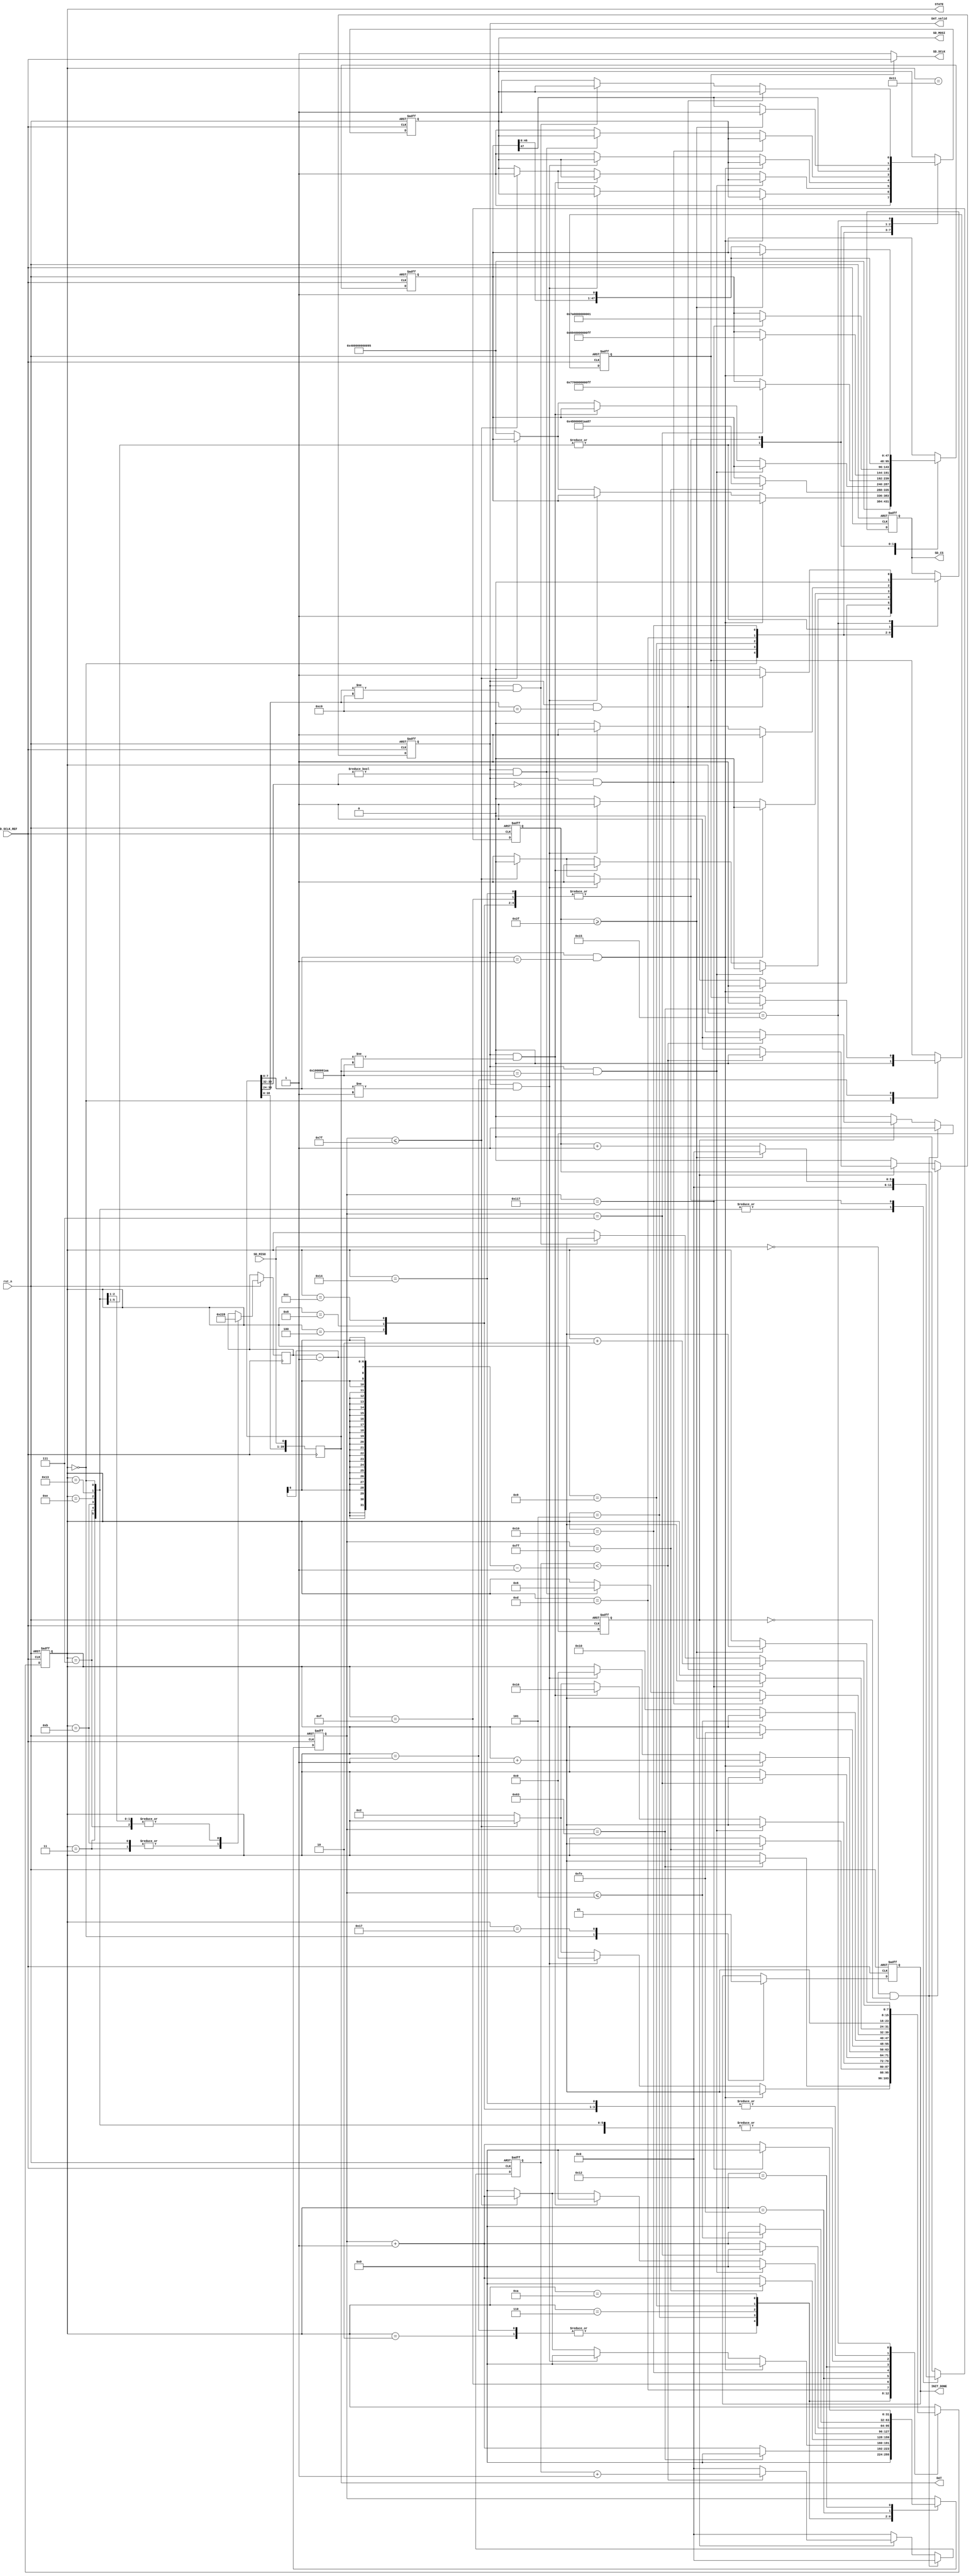
/****************************************************************************
*	Name			:	SDv2 Card initial
*	Origin		:	171012
*	Important	:	SDHCSPI.
*	Interface	:	,.
*****************************************************************************/
module SD_initial(
						
	input 		rst_n,
	input 		SD_SCLK_REF,//100KHZ
	//SD Card Interface
	input  		SD_MISO,
	output reg 	SD_CS,
	output reg 	SD_MOSI,	
	output   	SD_SCLK,
	
	output reg  [39:0]DAT,
	output reg	INIT_DONE,
	output reg [7:0]STATE,
	output reg 	DAT_valid
);
reg [47:0]	CMD;
reg [31:0]	Time_Cnt;
reg [5:0]	Recv_Cnt;
reg [5:0]	Send_Cnt;
reg [5:0]	Recv_Dat_Len;
reg 			SD_SCLK_OUTPUT_EN;
reg 			DAT_VALID_EN;
assign	SD_SCLK = (SD_SCLK_OUTPUT_EN)?SD_SCLK_REF:1;
parameter CMD0 	= { 8'h40,	32'd0,	8'h95 						};
parameter CMD8 	= { 8'h48, 	16'd0, 	8'h01, 	8'haa, 	8'h87	};
parameter CMD55 	= { 8'h77,	32'd0,	8'hff 						};
parameter ACMD41 	= { 8'h69, 	8'h40, 	24'd0,	8'hff 			};
parameter CMD58 	= { 8'h7A, 	32'd0, 	8'h01 						};
parameter CMD17	= { 8'h51,	8'h00,	8'h00,	8'h00,	8'h00,	8'hff};//
/****************************************************************************
*	Generate DAT_valid signal
*
*	In SPI mode device always response with R1 or R7 and the MSB always zero.
*	This response always in 1(called R1) or 5(called R7) bytes.
*****************************************************************************/
always@(posedge SD_SCLK_REF or negedge rst_n)
begin
	if(!rst_n)begin
		DAT_VALID_EN <= 0;
		DAT_valid		<= 0;
		Recv_Cnt		<= 6'd0;
	end
	else if(SD_MISO == 0 && DAT_VALID_EN == 0)
	begin
		DAT_VALID_EN <= 1;
		DAT_valid		<= 0;
		Recv_Cnt		<= 6'd0;
	end
	else if(DAT_VALID_EN == 1)
		if(Recv_Cnt < Recv_Dat_Len-1-1)//////////////////Recv_Dat_Len bitDAT_valid1
		begin
			Recv_Cnt		<= Recv_Cnt+6'd1;
			DAT_valid		<= 0;			
		end
		else
		begin
			Recv_Cnt		<= 6'd0;
			DAT_VALID_EN <= 0;
			DAT_valid		<= 1;
		end
	else 
	begin
		DAT_valid		<= 0;
		Recv_Cnt		<= 6'd0;
		DAT_VALID_EN <= 0;
	end
end
/****************************************************************************
*	40bit,R1(8bit)DAT[7:0],R7(8bit + 32bit)DAT[39:0]
*****************************************************************************/
always@(posedge SD_SCLK_REF)
begin
	DAT[0]		<=	SD_MISO;
	DAT[39:1]	<=	DAT[38:0];	
end
/****************************************************************************
*	Main STATE mechine
*		Send CDM0		return R1==8'h01 ?
*		Send CMD8 		return R7 CHECK R1==8'h01 ?
*		Send CMD55 		return R1==8'h01 ?
*		Send ACMD41		return R1==8'h00 ?
*		Send CMD58		return R3 == R1+OCR[31:0]
*****************************************************************************/
initial//
begin
		SD_CS 	<= 1;
		SD_MOSI	<=	1;
		CMD 		<= CMD0;
		Time_Cnt <= 32'd0;
		SD_SCLK_OUTPUT_EN <= 0;
		Send_Cnt <= 6'd0;
		INIT_DONE <= 0;
		STATE		<= 8'd0;
end
always@(negedge SD_SCLK_REF or negedge rst_n)
begin
	if(!rst_n)
	begin
				SD_CS 	<= 1;
				SD_MOSI	<=	1;
				CMD 		<= CMD0;
				Time_Cnt <= 32'd0;
				SD_SCLK_OUTPUT_EN <= 0;
				Send_Cnt <= 6'd0;
				INIT_DONE <= 0;
				STATE		<= 8'd0;
	end
	else
	case(STATE)
		0://
			begin
				SD_CS 	<= 1;
				SD_MOSI	<=	1;
				CMD 		<= CMD0;
				Time_Cnt <= 32'd0;
				SD_SCLK_OUTPUT_EN <= 0;
				Send_Cnt <= 6'd0;
				INIT_DONE <= 0;
				STATE		<= STATE + 8'd1;
			end
		1://delay 1ms without SD_SCLK
			begin
				if(Time_Cnt == 100-1)/////////////////
					begin
						Time_Cnt <= 32'd0;
						SD_SCLK_OUTPUT_EN <= 1;
						STATE		<= STATE + 8'd1;
					end
				else
					Time_Cnt <= Time_Cnt +32'd1;
			end
		2://send 100 SD_SCLK
			begin
				if(Time_Cnt == 100-1)
					begin
						Time_Cnt <= 32'd0;
						STATE		<= STATE + 8'd1;
					end
				else
					Time_Cnt <= Time_Cnt +32'd1;
			end
		3://SDSD_MOSI8bit
			begin
				SD_CS <= 0;STATE	<= STATE + 8'd1;SD_MOSI <= CMD[47];CMD <= {CMD[46:0],1'd1};Send_Cnt <= 6'd0;Recv_Dat_Len <= 8;////////!!!!!!!!
			end
/**/
		4://Send CMD0{ 8'h40,32'd0,8'h95 } return R1==8'h01
			begin
				if(Send_Cnt >= 6'd48 - 1'd1)
				begin
					Send_Cnt <= 6'd0;
					SD_MOSI 	<=	1;
					STATE 	<= STATE + 8'd1;
				end
				else 
				begin
					Send_Cnt <= Send_Cnt + 6'd1;
					SD_MOSI 	<= CMD[47];
					CMD 		<= {CMD[46:0],1'd1};
					STATE 	<= STATE;
				end			
			end
//		255:
//		begin
//			if(Time_Cnt <= 7-1)
//				Time_Cnt <= Time_Cnt + 32'd1;
//			else
//			begin
//				Time_Cnt <= 32'd0;
//				STATE 	<= 8'd5;
//			end
//		end
		5://wait DAT_valid==1
			begin
				if(DAT_valid == 1&&DAT[7:0] == 8'h01)
				begin												//0x01
					STATE 	<= STATE + 8'd1;
					SD_CS 	<= 1;
					Time_Cnt <=	32'd0;
				end
				else if(DAT_valid == 1&&DAT[7:0] != 8'h01)
				begin	
//					CMD		<= { 8'h40,32'd0,8'h95 };
					SD_CS 	<= 1;
					STATE 	<= 8'd0;							//
					Time_Cnt <=	32'd0;
				end
				else if(Time_Cnt <= 127)
				begin
					SD_CS 	<= 0;
					SD_MOSI 	<=	1;
					Time_Cnt <= Time_Cnt + 32'd1;
				end
				else
				begin
					Time_Cnt <= 32'd0;
					STATE 	<= 8'd2;//
					CMD 		<= CMD0;
					SD_CS    <= 1;
				end
			end
		6://SD_CS256
			begin
				if(Time_Cnt == 256-1)
				begin
					Time_Cnt <= 32'd0;
					CMD 		<= CMD8;
					STATE 	<= STATE + 8'd1;
				end
				else
					Time_Cnt <= Time_Cnt + 32'd1;
			end
		  ////////Send CMD0 OVER!//////////
		7://SDSD_MOSI40bit
			begin
				SD_CS <= 0;STATE	<= STATE + 8'd1;SD_MOSI <= CMD[47];CMD <= {CMD[46:0],1'd1};Send_Cnt <= 6'd0;Recv_Dat_Len <= 40;////////!!!!!!!!
			end
/**/	
		8:
/**********************************************************************************************************************************
  Send CMD8{ 8'h48, 16'd0, 8'h01, 8'haa, 8'h87 } return {8'h R1,32'h CMD8 Argument}==R7==DAT[39:0]
  
  The lower 12 bits in the return value 0x1AA means that the 
  card is SDC version 2 and it can work at voltage range of 2.7 to 3.6 volts. 
  If not the case, the card should be rejected.
***********************************************************************************************************************************/
			begin
				if(Send_Cnt >= 6'd48 - 1'd1)
				begin
					Send_Cnt <= 6'd0;
					SD_MOSI 	<=	1;
					STATE 	<= STATE + 8'd1;
				end
				else
				begin
					Send_Cnt <= Send_Cnt + 6'd1;
					SD_MOSI 	<= CMD[47];
					CMD 		<= {CMD[46:0],1'd1};
					STATE 	<= STATE;
				end			
				
			end
		9://wait DAT_valid==1;check if DAT[39:0]=={8'h01,16'h00,8'h01,8'haa}=={8'h R1,32'h CMD Argument}==R7
			begin
				if(DAT_valid == 1&&DAT[39:0]=={8'h01,16'h00,8'h01,8'haa})
				begin
					STATE 	<= STATE + 8'd1;
					SD_CS 	<= 0;
					Time_Cnt <=	32'd0;
				end
				else if(DAT_valid == 1&&DAT[39:0]!={8'h01,16'h00,8'h01,8'haa})
				begin											//fail	SDV1 CARD!!
//					CMD		<= { 8'h40,32'd0,8'h95 };
					SD_CS 	<= 1;
					STATE 	<= 8'd22;
					Time_Cnt <=	32'd0;					
				end
				else if(Time_Cnt <= 127)
				begin 
					SD_CS 	<= 0;
					SD_MOSI 	<=	1;
					Time_Cnt <=	Time_Cnt + 32'd1;
				end
				else
				begin
					Time_Cnt <=	32'd0;
					STATE 	<= 8'd2;//
					CMD 		<= CMD0;SD_CS    <= 1;
				end
			end
		10://8
			begin
				if(Time_Cnt == 8-1)
				begin
					Time_Cnt <= 32'd0;
					CMD 		<= CMD55;
					STATE 	<= STATE + 8'd1;
				end
				else
					Time_Cnt <= Time_Cnt + 32'd1;
			end
			////////Send CMD8 OVER!////////
		11://SDSD_MOSI8bit
			begin
				SD_CS <= 0;STATE	<= STATE + 8'd1;SD_MOSI <= CMD[47];CMD <= {CMD[46:0],1'd1};Send_Cnt <= 6'd0;Recv_Dat_Len <= 6'd8;////////!!!!!!!!				
			end
/**/
		12://Send  CMD55
			begin
				if(Send_Cnt >= 6'd48 - 1'd1)
				begin
					Send_Cnt <= 6'd0;
					SD_MOSI 	<=	1;
					STATE 	<= STATE + 8'd1;
				end
				else
				begin
					Send_Cnt <= Send_Cnt + 6'd1;
					SD_MOSI 	<= CMD[47];
					CMD 		<= {CMD[46:0],1'd1};
					STATE 	<= STATE;
				end			
				
			end
		13://CHECK CMD55
			begin
				
				if(DAT_valid == 1&&DAT[7:0]==8'h01)
				begin
					STATE 	<= STATE + 8'd1;
					SD_CS 	<= 0;
					CMD		<= ACMD41;
					
				end
				else if(DAT_valid == 1&&DAT[7:0]!=8'h01)
				begin//fail	
//					CMD		<= { 8'h40,32'd0,8'h95 };
					SD_CS 	<= 1;
					STATE 	<= 8'd0;//
				end
				else
				begin
					SD_CS 	<= 0;
					SD_MOSI 	<=	1;
				end				
				
			end
		14://Send ACMD41{ 8'h69, 8'h40, 24'd0,8'hff }
			begin
					SD_CS <= 0;STATE	<= STATE + 8'd1;SD_MOSI <= CMD[47];CMD <= {CMD[46:0],1'd1};Send_Cnt <= 6'd0;Recv_Dat_Len <= 40;////////!!!!!!!!
			end
		15://Send ACMD41{ 8'h69, 8'h40, 24'd0,8'hff }
			begin
				if(Send_Cnt >= 6'd48 - 1'd1)
				begin
					Send_Cnt <= 6'd0;
					SD_MOSI 	<=	1;
					STATE 	<=  8'd254;
				end
				else
				begin
					Send_Cnt <= Send_Cnt + 6'd1;
					SD_MOSI 	<= CMD[47];
					CMD 		<= {CMD[46:0],1'd1};
					STATE 	<= STATE;
				end			
					
			end
		254:
		begin
			if(Time_Cnt <= 6 -1)
				Time_Cnt <= Time_Cnt + 32'd1;
			else
			begin
				Time_Cnt <= 32'd0;
				STATE 	<= 8'd16;
			end
		end
		16://check ACMD41
			begin
				if(DAT_valid == 1&&DAT[39:32]==8'h00)
				begin//    
					STATE 	<= STATE + 8'd1;
					SD_CS 	<= 1;
//					CMD		<= CMD58;
				end
				else if(DAT_valid == 1&&DAT[39:32]!=8'h00)
				begin//ACMD41 
//					CMD		<= { 8'h77,32'd0,8'hff };//CMD55
					SD_CS 	<= 1;
					STATE 	<= 8'd6;//CMD8
				end
				else
				begin
					SD_CS 	<= 0;
					SD_MOSI 	<=	1;
				end				
				
			end
		17://16->18
		begin
			STATE 	<= STATE + 8'd1;
		end 
		18:
		begin	
				if(Time_Cnt == 280-1)
				begin
					Time_Cnt <= 32'd0;
					CMD 		<= CMD58;//CMD58
					STATE 	<= STATE + 8'd1;
				end
				else
					Time_Cnt <= Time_Cnt + 32'd1;			
		end
		19:
			begin
				SD_CS <= 0;STATE	<= STATE + 8'd1;Send_Cnt <= 6'd0;SD_MOSI <= CMD[47];CMD <= {CMD[46:0],1'd1};Recv_Dat_Len <= 40;////////!!!!!!!!				
			end 	
		20:
			begin
				if(Send_Cnt >= 6'd48 - 1'd1)
				begin
					Send_Cnt <= 6'd0;
					SD_MOSI 	<=	1;
					STATE 	<=  STATE + 8'd1;
				end
				else
				begin
					Send_Cnt <= Send_Cnt + 6'd1;
					SD_MOSI 	<= CMD[47];
					CMD 		<= {CMD[46:0],1'd1};
					STATE 	<= STATE;
				end			
			
			end 	
		21:
			begin
				if(DAT_valid == 1&&DAT[39:24]==16'h00C0)//SDHC CARD
				begin//    
					STATE 	<= STATE + 8'd2;
					SD_CS 	<= 1;
//					CMD		<= { 8'h7A, 32'd0, 8'h01 };//CMD58
				end
				else if(DAT_valid == 1&&DAT[39:24]!=16'h00C0)//NOT SDHC CARD
				begin//
//					CMD		<= { 8'h77,32'd0,8'hff };//CMD55
					SD_CS 	<= 0;
					STATE 	<= STATE + 8'd1;//
				end
				else
				begin
					SD_CS 	<= 0;
					SD_MOSI 	<=	1;
				end				
				
			end
		22:
			begin
				//SDV1 CARD(INIT_DONE==0) OR NOT SDHC CARD   ,FAIL
			end
		23 :
			begin
				INIT_DONE <= 1;//SDHC CARD init done
			end
	endcase
end	
endmodule

//`timescale 1ns / 1ps
////////////////////////////////////////////////////////////////////////////////////
//// Module Name:    SD_initial 
////////////////////////////////////////////////////////////////////////////////////
//module SD_initial(
//						
//						input rst_n,
//						input SD_SCLK_REF,
//						output reg SD_CS,
//						output reg SD_MOSI,
//						input  SD_MISO,
//						output reg  [47:0]DAT,
//						output INIT_DONE,
//						output reg [3:0] STATE,
//						output reg DAT_valid
//
//);
//assign INIT_DONE=init;
//
//reg [7:0] CMD;
//
//reg [47:0] CMD8;
//
//reg [47:0] CMD55={8'h77,8'h00,8'h00,8'h00,8'h00,8'hff};
//reg [47:0] ACMD41={8'h69,8'h40,8'h00,8'h00,8'h00,8'hff};
//
//
//reg init;
//
//reg [9:0] counter=10'd0;
//reg reset=1'b1;
//reg [5:0] i;
//
//
//parameter idle				=4'd0;
//parameter load_cmd40		=4'd1;
//parameter send_40			=4'd2;
//parameter send_00			=4'd3;
//parameter send_95			=4'd4;
//parameter wait_01			=4'd5;
//parameter send_cmd48		=4'd6;
//parameter send_00a		=4'd7;
//parameter waita			=4'd8;
//parameter init_done		=4'd9;
//parameter init_fail		=4'd10;
//
//parameter waitb			=4'd11;
//parameter send_cmd55		=4'd12;
//parameter send_ACMD41	=4'd13;
//reg [9:0] cnt;
//
//reg [5:0]aa;
////reg DAT_valid;
//reg en;
//
////SD
//always @(posedge SD_SCLK_REF)
//begin
//	DAT[0]<=SD_MISO;
//	DAT[47:1]<=DAT[46:0];
//end
//
////DAT_valid
//always @(posedge SD_SCLK_REF)
//begin
//	if(!SD_MISO&&!en) begin //SD_MISO,SD_MISO,
//	  DAT_valid<=1'b0; 
//	  aa<=1;
//	  en<=1'b1;
//	end   
//   else if(en)	begin 
//		if(aa<47) begin
//			aa<=aa+1'b1;  
//			DAT_valid<=1'b0;
//		end
//		else	begin
//			aa<=0;
//			en<=1'b0;
//			DAT_valid<=1'b1;       //48bit,DAT_valid
//		end
//	end
//	else begin 
//	   en<=1'b0;
//		aa<=0;
//		DAT_valid<=1'b0;
//	end
//end
//
////reset
//always @(negedge SD_SCLK_REF)
//begin
//	if(counter<10'd1023) begin 
//	   counter<=counter+1'b1;
//		reset<=1'b1;
//	end
//	else begin 	
//	   reset<=1'b0;
//	end
//end
//
////SD
//always @(negedge SD_SCLK_REF)
//begin
//	if(reset | ~rst_n) begin
//	  if(counter<512)  begin
//		  SD_CS<=1'b0;         //CSSD
//		  SD_MOSI<=1'b1;
//		  init<=1'b0;
//	  end
//	  else begin
//		  SD_CS<=1'b1;          //CSSD
//		  SD_MOSI<=1'b1;
//		  init<=1'b0;
//	  end
//	end
//	else	begin
//			case(STATE)
//			   idle:	begin							//	0
//					init<=1'b0;
//					CMD<=8'h00;
//					SD_CS<=1'b1;
//					SD_MOSI<=1'b1;
//					STATE<=load_cmd40;
//				end
//				load_cmd40: begin               //CMD040			1
//					init<=1'b0;
//					CMD<=8'h40;
//					SD_CS<=1'b1;
//					SD_MOSI<=1'b1;
//					STATE<=send_40;
//				end
//				send_40:	begin							//				2
//					init<=1'b0;
//					if(CMD!=8'hff) begin          //CMD0
//						SD_CS<=1'b0;
//						SD_MOSI<=CMD[7];
//						CMD<={CMD[6:0],1'b1};
//					end
//				   else begin
//						SD_CS<=1'b0;
//						SD_MOSI<=1'b0;
//						CMD<=8'h00;
//						STATE<=send_00;
//						i<=1;
//					end
//				end
//				send_00: begin                     //CMD032argument, 0				3
//					 init<=1'b0;
//					 if(i<31) begin
//						 i<=i+1'b1;
//						 SD_CS<=1'b0;
//						 SD_MOSI<=1'b0;
//						 CMD<=8'h00;
//						 STATE<=send_00;
//					  end
//					  else begin
//						 i<=0;
//						 SD_CS<=1'b0;
//						 SD_MOSI<=1'b0;
//						 CMD<=8'h95;
//						 STATE<=send_95;
//						end
//				end
//				send_95: begin                          //last byte:CRC 95				4
//					 init<=1'b0;
//					if(CMD!=8'h00)	begin
//						SD_CS<=1'b0;
//						SD_MOSI<=CMD[7];
//						CMD<={CMD[6:0],1'b0};
//					end
//					else begin
//						SD_CS<=1'b0;
//						SD_MOSI<=1'b1;
//						CMD<=8'h00;
//						STATE<=wait_01;
//					end
//				 end
//				 wait_01:begin                        //SD0x01						5
//					   init<=1'b0;
//						if(DAT_valid&&DAT[47:40]==8'h01) begin          
//							SD_CS<=1'b1;
//							SD_MOSI<=1'b1;
//							CMD<=8'h48;		
//							cnt<=0;
//							STATE<=waitb;
//						end
//						else if(DAT_valid&&DAT[47:40]!=8'h01)	begin
//							SD_CS<=1'b1;
//							SD_MOSI<=1'b1;
//							CMD<=8'h48;
//							cnt<=0;
//							STATE<=idle;
//						end
//						else begin
//							SD_CS<=1'b0;
//							SD_MOSI<=1'b1;
//							CMD<=8'h00;
//						end
//					end
//					waitb: begin                //			11	
//						if(cnt<10'd1023)	begin
//							SD_CS<=1'b1;
//							SD_MOSI<=1'b1;
//							CMD<=8'h48;
//							STATE<=waitb;
//							cnt<=cnt+1'b1;
//							CMD55<={8'h77,8'h00,8'h00,8'h00,8'h00,8'hff};
//							ACMD41<={8'h69,8'h40,8'h00,8'h00,8'h00,8'hff};
//						end
//						else begin
//							SD_CS<=1'b1;
//							SD_MOSI<=1'b1;
//							CMD<=8'h00;
//							CMD8<={8'h48,8'h00,8'h00,8'h01,8'haa,8'h87};           
//							cnt<=0;
//							STATE<=send_cmd48;
//						end
//					end
//					send_cmd48: begin                     //CMD8			6
//						if(CMD8!=48'd0) begin
//							SD_CS<=1'b0;
//							SD_MOSI<=CMD8[47];
//							CMD8<={CMD8[46:0],1'b0};
//							i<=0;
//						end
//						else begin
//							SD_CS<=1'b0;
//							SD_MOSI<=1'b1;
//							CMD8<={8'h48,8'h00,8'h00,8'h01,8'haa,8'h87};
//							STATE<=waita;
//							cnt<=0;
//							i<=1;
//						end
//					end
//					waita: begin                     //CMD8,							8??
//					   i<=0;
//						SD_CS<=1'b0;
//					   SD_MOSI<=1'b1;
//						if(DAT_valid&&DAT[19:16]==4'b0001) begin         //SD2.0support 2.7V-3.6V supply voltage											
//						   STATE<=send_cmd55;
//						   CMD55<={8'h77,8'h00,8'h00,8'h00,8'h00,8'hff};
//							ACMD41<={8'h69,8'h40,8'h00,8'h00,8'h00,8'hff};
//						end
//						else if(DAT_valid&&DAT[19:16]!=4'b0001)	begin
//							STATE<=init_fail;
//						end
// 				    end
//					 send_cmd55:begin             //CMD55 					12		??	
//						if(CMD55!=48'd0)begin
//						   SD_CS<=1'b0;
//							SD_MOSI<=CMD55[47];
//							CMD55<={CMD55[46:0],1'b0};
//							i<=0;
//						end
//						else begin
//						   SD_CS<=1'b0;
//							SD_MOSI<=1'b1;
//							CMD55<=48'd0;
//							cnt<=0;
//							i<=1;
//							if(DAT_valid&&DAT[47:40]==8'h01)     //01
//							   STATE<=send_ACMD41;
//							else begin
//								if(cnt<10'd127)
//								   cnt<=cnt+1'b1;
//								else begin 
//									cnt<=10'd0;
//									STATE<=init_fail;
//								end
//							end
//						 end
//					  end																		//12->13 xxx 
//					  send_ACMD41: begin          //ACMD41							13
//						  if(ACMD41!=48'd0) begin						
//								SD_CS<=1'b0;
//								SD_MOSI<=ACMD41[47];
//								ACMD41<={ACMD41[46:0],1'b0};
//								i<=0;
//							end
//							else begin
//								SD_CS<=1'b0;
//								SD_MOSI<=1'b1;
//								ACMD41<=48'd0;
//								cnt<=0;
//								i<=1;
//								if(DAT_valid&&DAT[47:40]==8'h00)
//								   STATE<=init_done;
//								else begin
//									if(cnt<10'd127)
//									   cnt<=cnt+1'b1;
//									else begin
//  									   cnt<=10'd0;
//										STATE<=init_fail;
//								   end
//							   end
//							end
//					end
//					init_done:begin init<=1'b1;SD_CS<=1'b1;SD_MOSI<=1'b1;cnt<=0;end     //
//					init_fail:begin init<=1'b0;SD_CS<=1'b1;SD_MOSI<=1'b1;cnt<=0;STATE<=waitb;end       //,CMD8, CMD55 CMD41
//					default: begin	STATE<=idle; SD_CS<=1'b1; SD_MOSI<=1'b1;CMD<=8'h00;init<=1'b0;end
//			endcase
//	 end
//end
//								
//endmodule